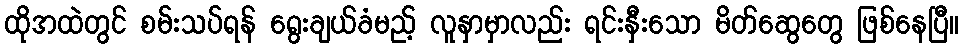
ထိုအထဲတွင် စမ်းသပ်ရန် ရွေးချယ်ခံမည့် လူနှာမှာလည်း ရင်းနှီးသော မိတ်ဆွေတွေ ဖြစ်နေပြီ။